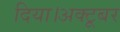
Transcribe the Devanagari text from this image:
दिया।अक्टूबर